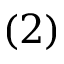
( 2 )